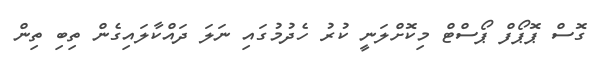
ގޮސް ޕޮޕޯފް ޕޯސްޓް މިކޮށްލަނީ ކުރު ހެދުމުގައި ނަލަ ދައްކާލައިގެން ތިބި ތިން